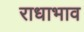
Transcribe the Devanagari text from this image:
राधाभाव